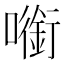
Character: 㘅